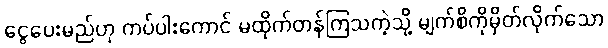
ငွေပေးမည်ဟု ကပ်ပါးကောင် မထိုက်တန်ကြသကဲ့သို့ မျက်စိကိုမှိတ်လိုက်သော